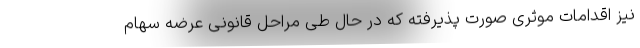
نیز اقدامات موثری صورت پذیرفته که در حال طی مراحل قانونی عرضه سهام